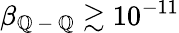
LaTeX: \beta_{\mathbb{Q}\mathrm{{~-~}}\mathbb{Q}}\gtrsim10^{-11}